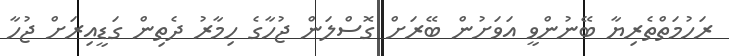
ރަހުމަތްތެރިޔާ ބޭނުންވީ އަވަށުން ބޭރަށް ގޮސްލަން ޖުހާގެ ހިމާރު ދެތިން ގަޑީއިރަށް ޖުހާ